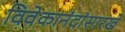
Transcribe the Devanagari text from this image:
विवेकानंदांसारखे